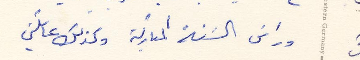
وراس السنة المباركة وكذلك عائلتي